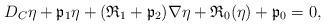
LaTeX: \begin{align*} {D}_{C }\eta + \mathfrak{p}_1 \eta + (\mathfrak{R}_1 + \mathfrak{p}_2 ) \nabla \eta + \mathfrak{R}_0(\eta) + \mathfrak{p}_0=0,\end{align*}